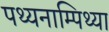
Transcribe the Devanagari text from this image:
पथ्यनाम्पिथ्या